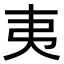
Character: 夷